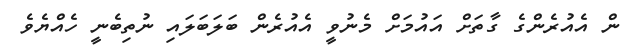
ން އެއުރެންގެ ގާތަށް އައުމަށް މެނުވީ އެއުރެން ބަލަބަލައި ނުތިބެނީ ހެއްޔެވެ